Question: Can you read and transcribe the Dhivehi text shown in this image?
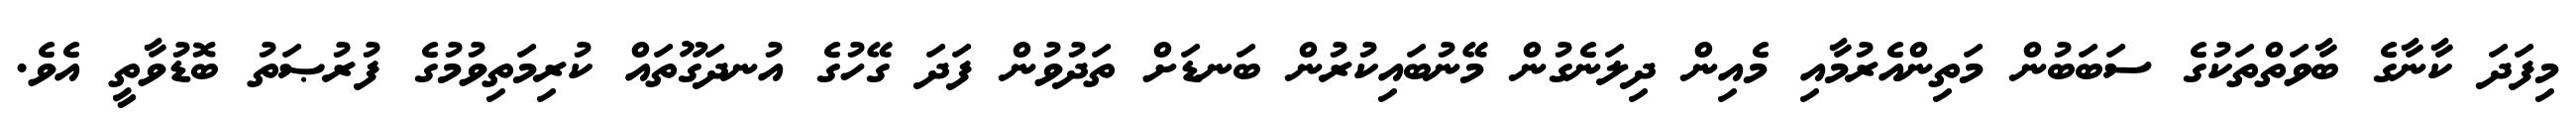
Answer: މިފަދަ ކާނާގެ ބާވަތްތަކުގެ ސަބަބުން މަތިންއެރުމާއި މެއިން ދިލަނެގުން މޭނުބައިކުރުން ބަނޑަށް ތަދުވުން ފަދަ ގޭހުގެ އުނދަގޫތައް ކުރިމަތިވުމުގެ ފުރުޞަތު ބޮޑުވާތީ އެވެ.